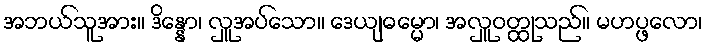
အဘယ်သူအား။ ဒိန္နော၊ လှူအပ်သော။ ဒေယျဓမ္မော၊ အလှူဝတ္ထုသည်။ မဟပ္ဖလော၊